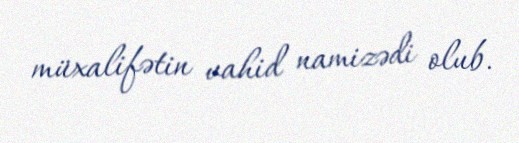
müxalifətin vahid namizədi olub.